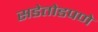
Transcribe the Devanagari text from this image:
सडेतोडपणे